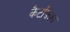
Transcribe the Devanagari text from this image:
कैटफ़िश